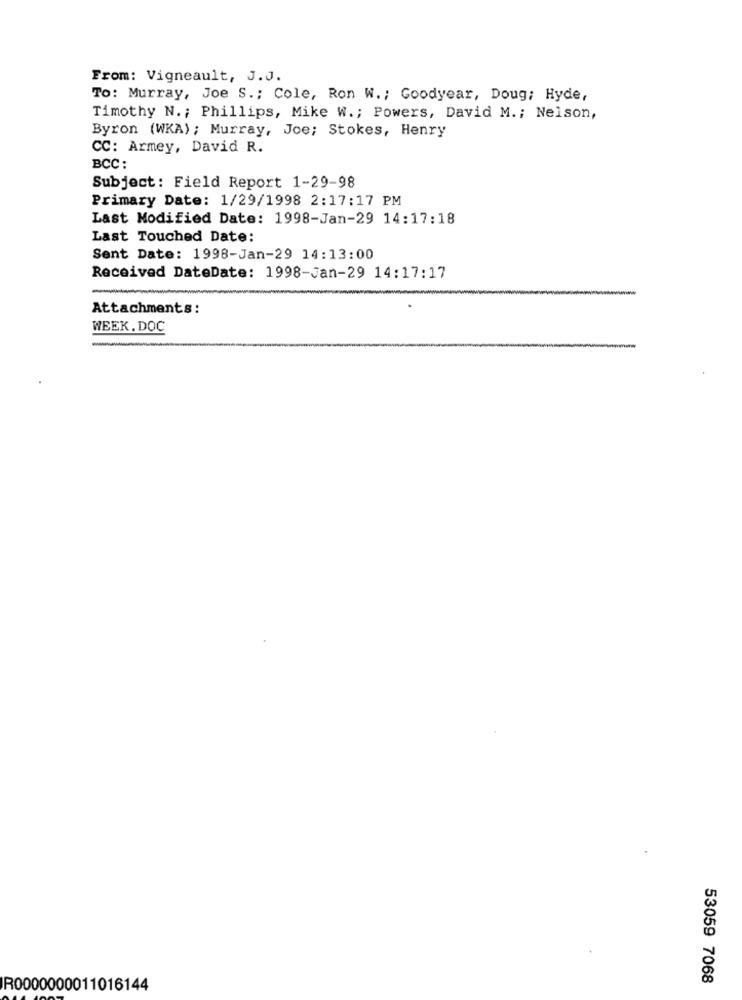
From: Vigneault, J.J.
To: Murray, Joe S .; Cole, Ron W .; Goodyear, Doug; Hyde,
Timothy N. ; Phillips, Mike W .; Powers, David M. ; Nelson,
Byron (WKA) ; Murray, Joe; Stokes, Henry
CC: Armey, David R.
BCC:
Subject: Field Report 1-29-98
Primary Date: 1/29/1998 2:17:17 PM
Last Modified Date: 1998-Jan-29 14:17:18
Last Touched Date:
Sent Date: 1998-Jan-29 14:13:00
Received DateDate: 1998-Jan-29 14:17:17
Attachments:
WEEK. DOC
-
53059 7068
R0000000011016144